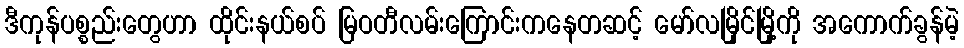
ဒီကုန်ပစ္စည်းတွေဟာ ထိုင်းနယ်စပ် မြဝတီလမ်းကြောင်းကနေတဆင့် မော်လမြိုင်မြို့ကို အကောက်ခွန်မဲ့